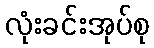
လုံးခင်းအုပ်စု